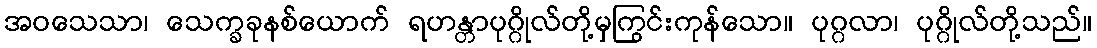
အဝသေသာ၊ သေက္ခခုနစ်ယောက် ရဟန္တာပုဂ္ဂိုလ်တို့မှကြွင်းကုန်သော။ ပုဂ္ဂလာ၊ ပုဂ္ဂိုလ်တို့သည်။